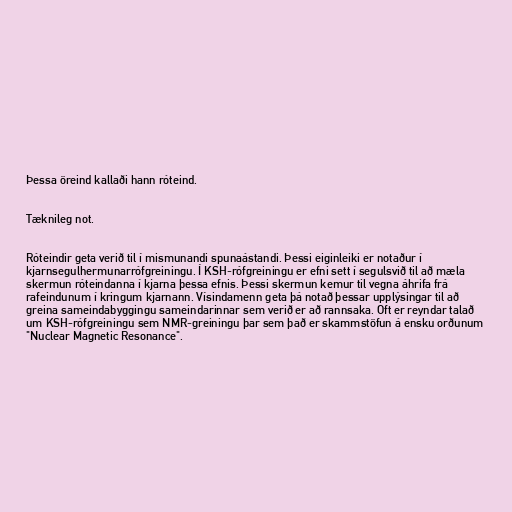
Þessa öreind kallaði hann róteind.

Tæknileg not.

Róteindir geta verið til í mismunandi spunaástandi. Þessi eiginleiki er notaður í
kjarnsegulhermunarrófgreiningu. Í KSH-rófgreiningu er efni sett í segulsvið til að mæla
skermun róteindanna í kjarna þessa efnis. Þessi skermun kemur til vegna áhrifa frá
rafeindunum í kringum kjarnann. Vísindamenn geta þá notað þessar upplýsingar til að
greina sameindabyggingu sameindarinnar sem verið er að rannsaka. Oft er reyndar talað
um KSH-rófgreiningu sem NMR-greiningu þar sem það er skammstöfun á ensku orðunum
"Nuclear Magnetic Resonance".